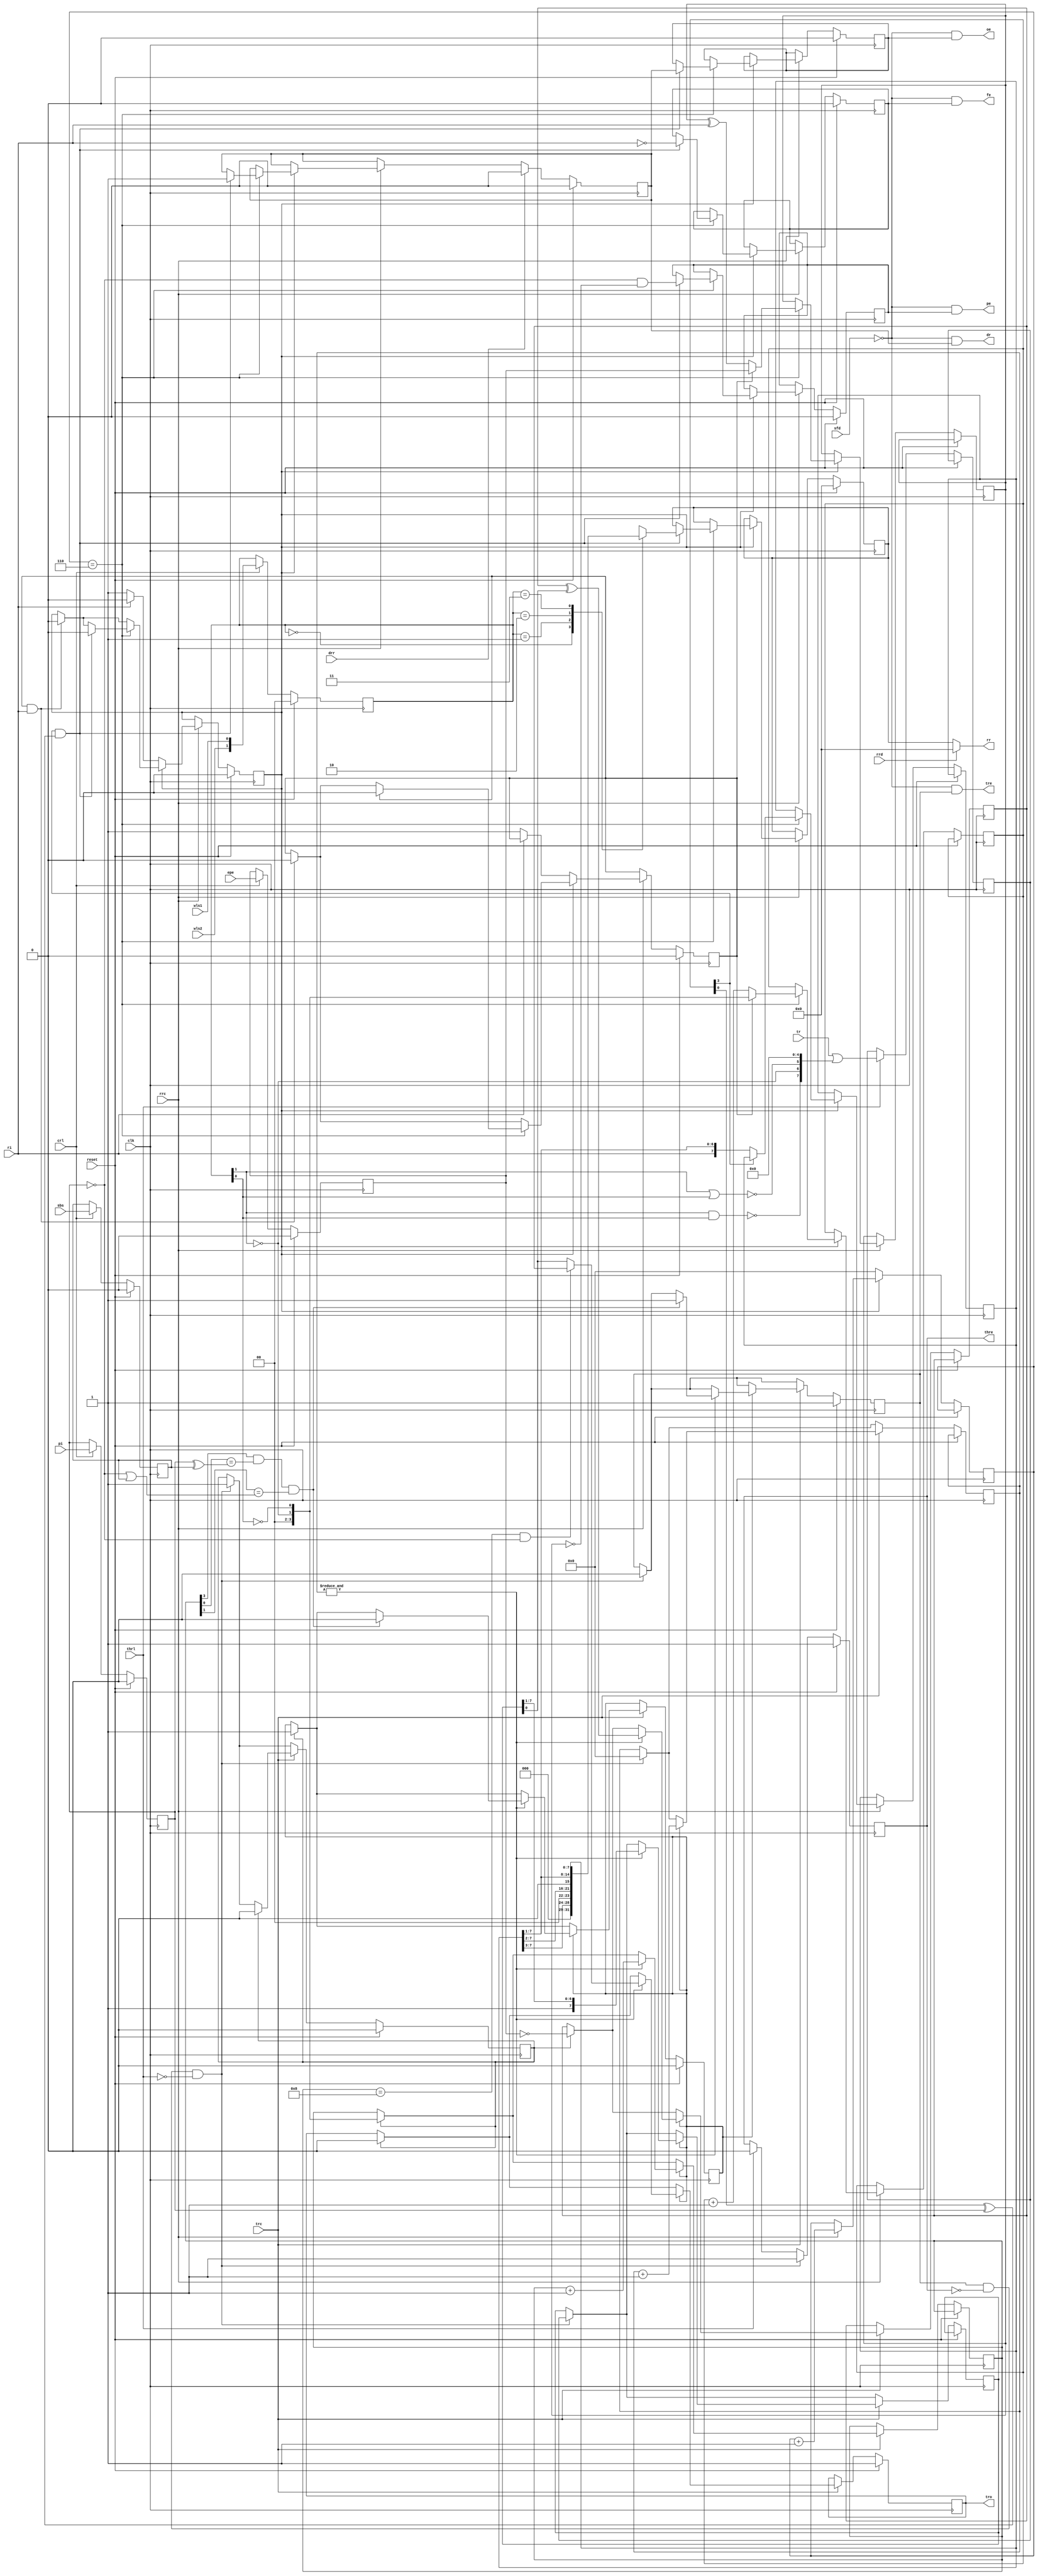
/*
 * Attempt at a WD 1402 uart
 * Not exactly identical but hopefully close enough
 */

module uart1402(
	input wire clk,
	input wire reset,

	input wire [7:0] tr,
	input wire thrl,
	output reg tro,
	input wire trc,
	output wire thre,
	output wire tre,

	output wire [7:0] rr,
	input wire rrd,
	input wire ri,
	input wire rrc,
	output wire dr,
	input wire drr,
	output wire oe,
	output wire fe,
	output wire pe,
	input wire sfd,

	input wire crl,
	input wire pi,
	input wire epe,
	input wire sbs,
	input wire wls1,
	input wire wls2
);

	reg [1:0] wlen;
	reg evenpar;
	reg parinh;
	reg twostop;

	always @(posedge clk) begin
		if(reset) begin
			wlen <= 0;
			evenpar <= 0;
			parinh <= 0;
			twostop <= 0;
		end else if(crl) begin
			wlen <= { wls2, wls1 };
			evenpar <= epe;
			parinh <= pi;
			twostop <= sbs;
		end
	end

	reg [7:0] r_reg;
	reg [7:0] rh_reg;
	reg perr;
	reg ferr;
	reg oerr;
	reg rdone;
	reg r_start;

	wire [1:0] firstbit = {~wlen[1], ~wlen[0]};

	assign rr = rrd ? 0 : rh_reg;
	reg r_active;
	reg [3:0] r_cnt16;
	reg [3:0] r_bitcnt;
	reg r_par;
	wire r_strobe = r_cnt16 == 6;
	wire r_end = r_bitcnt[3] & (r_bitcnt[0] ^ parinh);

	assign pe = ~sfd & perr;
	assign fe = ~sfd & ferr;
	assign oe = ~sfd & oerr;
	assign dr = ~sfd & rdone;

	always @(posedge clk) begin
		if(reset) begin
			rh_reg <= 0;
			perr <= 0;
			ferr <= 0;
			oerr <= 0;
			rdone <= 0;
			r_start <= 0;
			r_active <= 0;
			rh_reg <= 0;
		end else begin
			if(rrc) begin
				if(~r_active) begin
					// start receiving
					if(~ri) begin
						r_start <= 1;
						r_active <= 1;
					end
				end else begin
					// not a start bit after all
					if(r_start & ri) begin
						r_start <= 0;
						r_active <= 0;
					end

					r_cnt16 <= r_cnt16 + 1;
					if(r_strobe) begin
						r_bitcnt <= r_bitcnt + 1;
						r_par <= r_par ^ ri;
						if(~r_bitcnt[3])
							r_reg <= {ri, r_reg[7:1]};

						if(r_start) begin
							r_start <= 0;
							r_par <= evenpar;
							r_bitcnt <= firstbit;
						end

						if(r_end) begin
							case(wlen)
							2'b00: rh_reg <= r_reg[7:3];
							2'b01: rh_reg <= r_reg[7:2];
							2'b10: rh_reg <= r_reg[7:1];
							2'b11: rh_reg <= r_reg;
							endcase
							rdone <= 1;
							oerr <= rdone;
							perr <= ~parinh & ~r_par;
							ferr <= ~ri;
							r_active <= 0;
						end
					end
				end
			end

			if(drr)
				rdone <= 0;
			if(~r_active)
				r_cnt16 <= 0;
		end
	end

	reg [7:0] t_reg;
	reg [7:0] th_reg;
	reg trempty;
	reg thrempty;
	reg t_start;
	reg t_active;
	reg [3:0] t_cnt16;
	reg [3:0] t_bitcnt;
	reg t_par;

	assign tre = ~sfd & trempty;
	assign thre = thrempty;
	wire t_parity = (t_bitcnt == 8) & ~parinh;
	wire t_shift = &t_cnt16;
	// ending with bitcnt 9, 10 or 11
	wire t_end = t_bitcnt[3] & (t_bitcnt[0] == (parinh^twostop)) &
		(t_bitcnt[1] == (~parinh|twostop));
	// Need to fill transfer reg with stop bits
	wire [7:0] t_pad;
	assign t_pad[7] = ~(wlen[1] & wlen[0]);	// if len < 8
	assign t_pad[6] = ~wlen[1];	// if len < 7
	assign t_pad[5] = ~(wlen[1] | wlen[0]);	// if len < 6
	assign t_pad[4:0] = 0;

	always @(posedge clk) begin
		if(reset) begin
			tro <= 1;
			trempty <= 1;
			thrempty <= 1;
			t_start <= 0;
			t_active <= 0;
		end else begin
			if(thrl) begin
				th_reg <= tr | t_pad;
				thrempty <= 0;
			end
			if(trempty & ~thrempty & ~thrl) begin
				trempty <= 0;
				thrempty <= 1;
				t_reg <= th_reg;
				t_start <= 1;
				t_cnt16 <= 0;
			end
			if(trc) begin
				if(t_start) begin
					t_start <= 0;
					t_active <= 1;
					tro <= 0;	// send start bit
					t_bitcnt <= firstbit;
					t_par <= ~evenpar;
				end
				if(t_active) begin
					t_cnt16 <= t_cnt16 + 1;
					if(t_shift) begin
						t_bitcnt <= t_bitcnt + 1;
						t_par <= t_par ^ t_reg[0];

						t_reg <= { 1'b1, t_reg[7:1] };
						if(t_parity)
							tro <= t_par;
						else
							tro <= t_reg[0];

						if(t_end) begin
							t_active <= 0;
							trempty <= 1;
						end
					end
				end
			end
		end
	end

endmodule